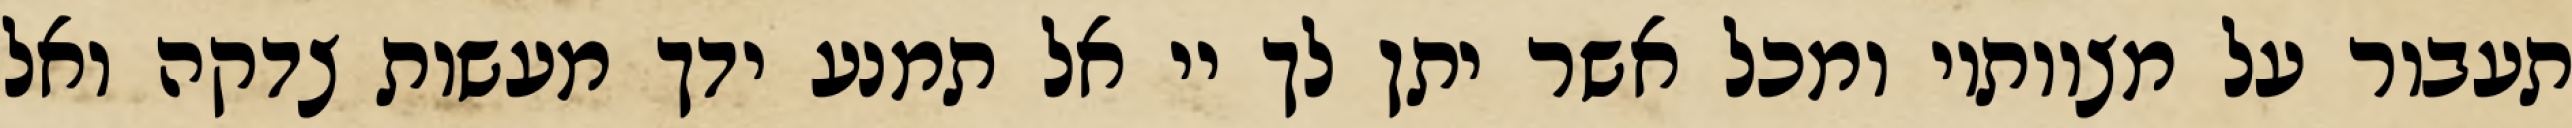
תעבור על מצוותיו ומכל אשר יתן לך יי אל תמנע ידך מעשות צדקה ואל